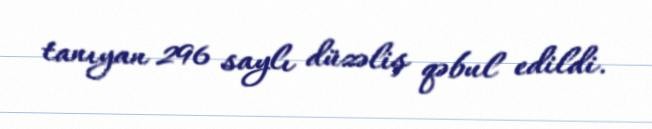
tanıyan 296 saylı düzəliş qəbul edildi.